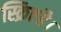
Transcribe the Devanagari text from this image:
स्क्रिप्टहै।